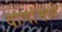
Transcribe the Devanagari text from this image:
वाणांमध्ये